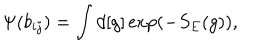
\Psi ( b _ { i j } ) = \int d [ g ] \exp ( - S _ { E } ( g ) ) ,